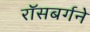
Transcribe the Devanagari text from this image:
रॉसबर्गने